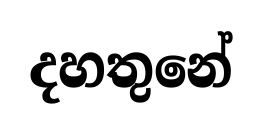
දහතුනේ